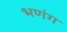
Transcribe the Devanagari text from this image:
भणंग